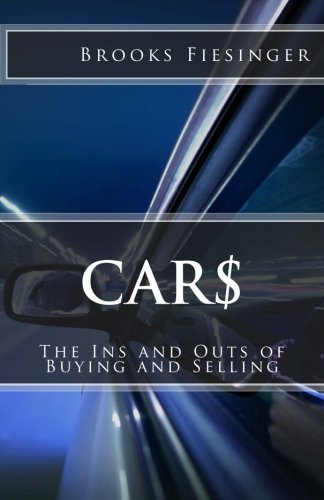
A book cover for Car$: The Ins and Outs of Buying and Selling; Brooks R Fiesinger; Engineering & Transportation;